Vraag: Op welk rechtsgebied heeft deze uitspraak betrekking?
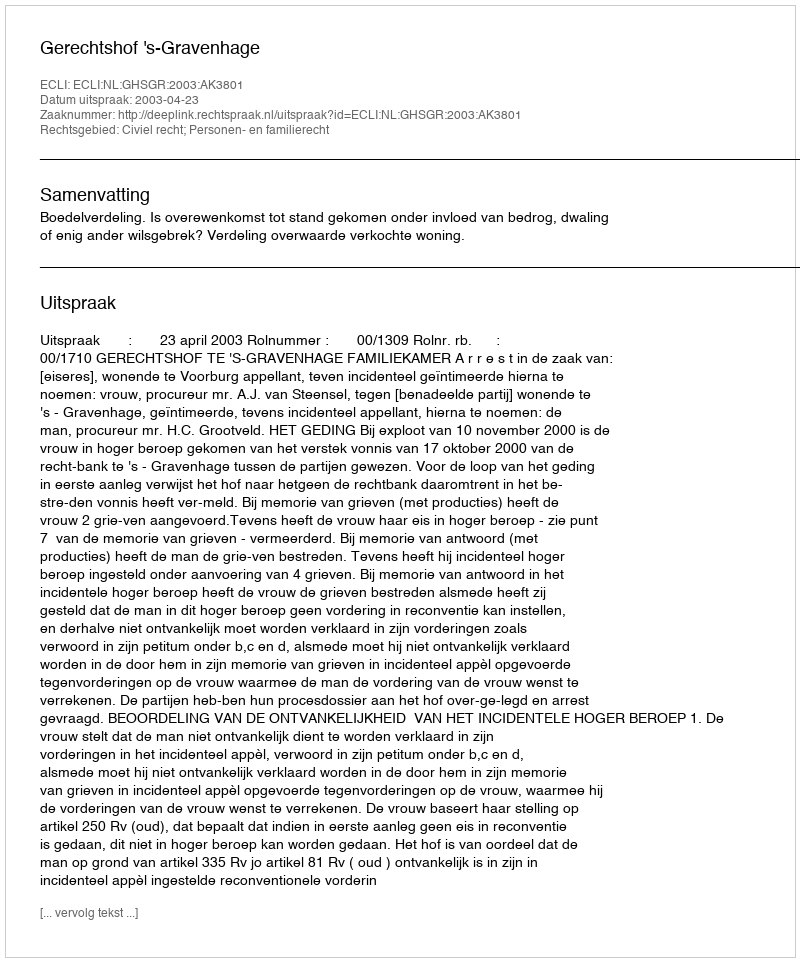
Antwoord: Civiel recht; Personen- en familierecht